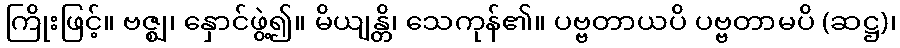
ကြိုးဖြင့်။ ဗဇ္ဈ၊ နှောင်ဖွဲ့၍။ မိယျန္တိ၊ သေကုန်၏။ ပဗ္ဗတာယပိ ပဗ္ဗတာမပိ (ဆဋ္ဌ)၊